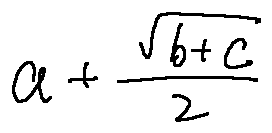
a + \frac { \sqrt { b + c } } { 2 }